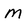
Character: M